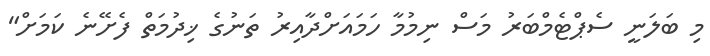
މި ބަލަނީ ސެޕްޓެމްބަރު މަސް ނިމުމާ ހަމައަށްދާއިރު ތަނުގެ ޚިދުމަތް ފެށޭނެ ކަަމަށް"